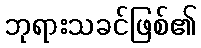
ဘုရားသခင်ဖြစ်၏